Indian journal of veterinary science and animal husbandry - Volume 7,
Year: 1937
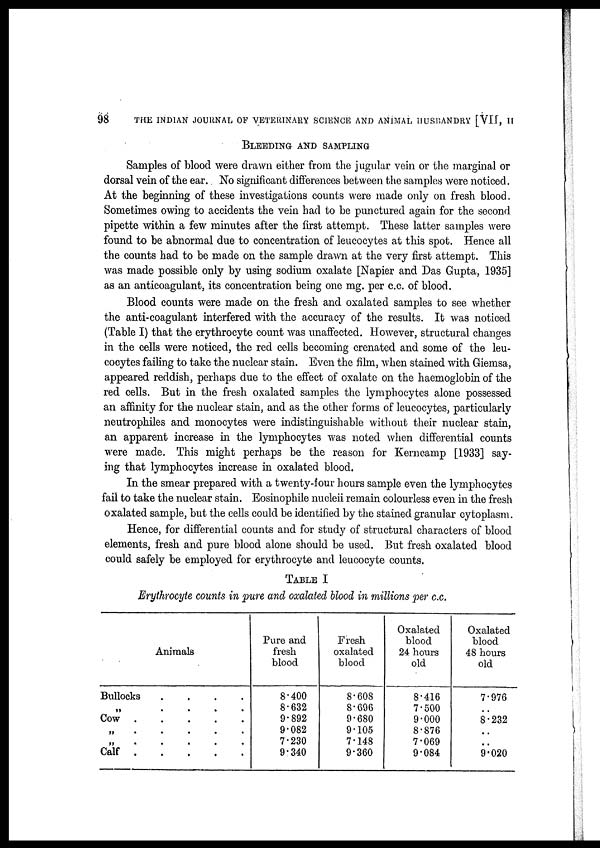
98
THE INDIAN JOURNAL OF VETERINARY SCIENCE AND ANIMAL HUSBANDRY [VII, II
BLEEDING AND SAMPLING
Samples of blood were drawn either from the jugular vein or the marginal or
dorsal vein of the ear. No significant differences between the samples were noticed.
At the beginning of these investigations counts were made only on fresh blood.
Sometimes owing to accidents the vein had to be punctured again for the second
pipette within a few minutes after the first attempt. These latter samples were
found to be abnormal due to concentration of leucocytes at this spot. Hence all
the counts had to be made on the sample drawn at the very first attempt. This
was made possible only by using sodium oxalate [Napier and Das Gupta, 1935]
as an anticoagulant, its concentration being one mg. per c.c. of blood.
Blood counts were made on the fresh and oxalated samples to see whether
the anti-coagulant interfered with the accuracy of the results. It was noticed
(Table I) that the erythrocyte count was unaffected. However, structural changes
in the cells were noticed, the red cells becoming crenated and some of the leu-
cocytes failing to take the nuclear stain. Even the film, when stained with Giemsa,
appeared reddish, perhaps due to the effect of oxalate on the haemoglobin of the
red cells. But in the fresh oxalated samples the lymphocytes alone possessed
an affinity for the nuclear stain, and as the other forms of leucocytes, particularly
neutrophils and monocytes were indistinguishable without their nuclear stain,
an apparent increase in the lymphocytes was noted when differential counts
were made. This might perhaps be the reason for Kerncamp [1933] say-
ing that lymphocytes increase in oxalated blood.
In the smear prepared with a twenty-four hours sample even the lymphocytes
fail to take the nuclear stain. Eosinophile nucleii remain colourless even in the fresh
oxalated sample, but the cells could be identified by the stained granular cytoplasm.
Hence, for differential counts and for study of structural characters of blood
elements, fresh and pure blood alone should be used. But fresh oxalated blood
could safely be employed for erythrocyte and leucocyte counts.
TABLE I
Erythrocyte counts in pure and oxalated blood in millions per c.c.
Animals
Bullocks . . . .
„ . . . .
Cow . . . .
„ . . . .
„ . . . .
Calf . . . .
Pure and
fresh
blood
8.400
8.632
9.892
9.082
7.230
9.340
Fresh
oxalated
blood
8.608
8.696
9.680
9.105
7.148
9.360
Oxalated
blood
24 hours
old
8.416
7.500
9.000
8.876
7.069
9.084
Oxalated
blood
48 hours
old
7.976
. .
8.232
. .
. .
9.020